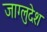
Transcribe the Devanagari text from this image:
जाग्लुदेश